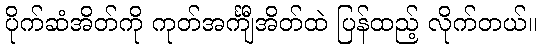
ပိုက်ဆံအိတ်ကို ကုတ်အင်္ကျီအိတ်ထဲ ပြန်ထည့် လိုက်တယ်။